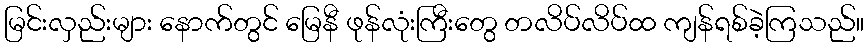
မြင်းလှည်းများ နောက်တွင် မြေနီ ဖုန်လုံးကြီးတွေ တလိပ်လိပ်ထ ကျန်ရစ်ခဲ့ကြသည်။